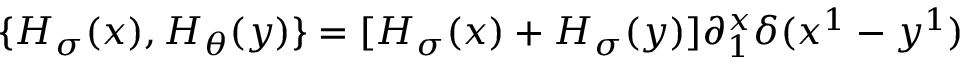
\{ { \cal H } _ { \sigma } ( x ) , { \cal H } _ { \theta } ( y ) \} = [ { \cal H } _ { \sigma } ( x ) + { \cal H } _ { \sigma } ( y ) ] \partial _ { 1 } ^ { x } \delta ( x ^ { 1 } - y ^ { 1 } )